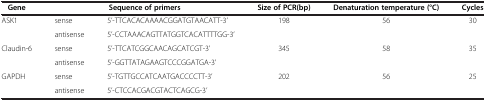
| Gene | <COLSPAN=2> Sequence of primers | Size of PCR(bp) | Denaturation temperature (°C) | Cycles |
 | --- | --- | --- | --- | --- | --- |
 | <ROWSPAN=2> ASK1 | sense | 5’-TTCACACAAAACGGATGTAACATT-3’ | <ROWSPAN=2> 198 | <ROWSPAN=2> 56 | <ROWSPAN=2> 30 |
 | antisense | 5’-CCTAAACAGTTATGGTCACATTTTGG-3’ |
 | <ROWSPAN=2> Claudin-6 | sense | 5’-TTCATCGGCAACAGCATCGT-3’ | <ROWSPAN=2> 345 | <ROWSPAN=2> 58 | <ROWSPAN=2> 35 |
 | antisense | 5’-GGTTATAGAAGTCCCGGATGA-3’ |
 | GAPDH | sense | 5’-TGTTGCCATCAATGACCCCTT-3’ | 202 | 56 | 25 |
 |  | antisense | 5’-CTCCACGACGTACTCAGCG-3’ |  |  |  |